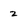
Character: 2